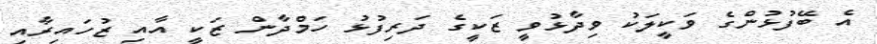
އެ ބޭފުޅުންގެ ވަކީލަކު ވިދާޅުވީ ޒަކީގެ ދަރިފުޅު ހަމްދާން ޒަކީ އާއި ޒުހައިރާއި